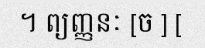
។ ព្យញ្ញនៈ [ច ] [